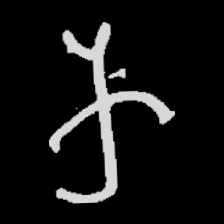
Pyu character \u2014 Myanmar letter: က (romanized: ka)